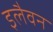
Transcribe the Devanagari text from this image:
इलैवन